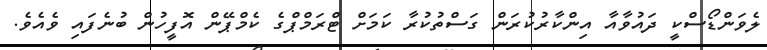
ލެވަންޑޯސްކީ ދައުވާއާ އިންކާރުކުރަން ގަސްތުކުރާ ކަމަށް ޓްރަމްޕްގެ ކެމްޕޭން އޮފީހުން ބުނެފައި ވެއެވެ.